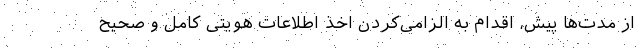
از مدت‌ها پیش، اقدام به الزامی‌کردن اخذ اطلاعات هویتی کامل و صحیح